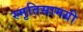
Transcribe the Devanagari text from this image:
स्मृतिसामग्री